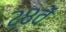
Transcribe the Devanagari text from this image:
२८वें